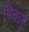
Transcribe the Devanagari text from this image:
रिचलु